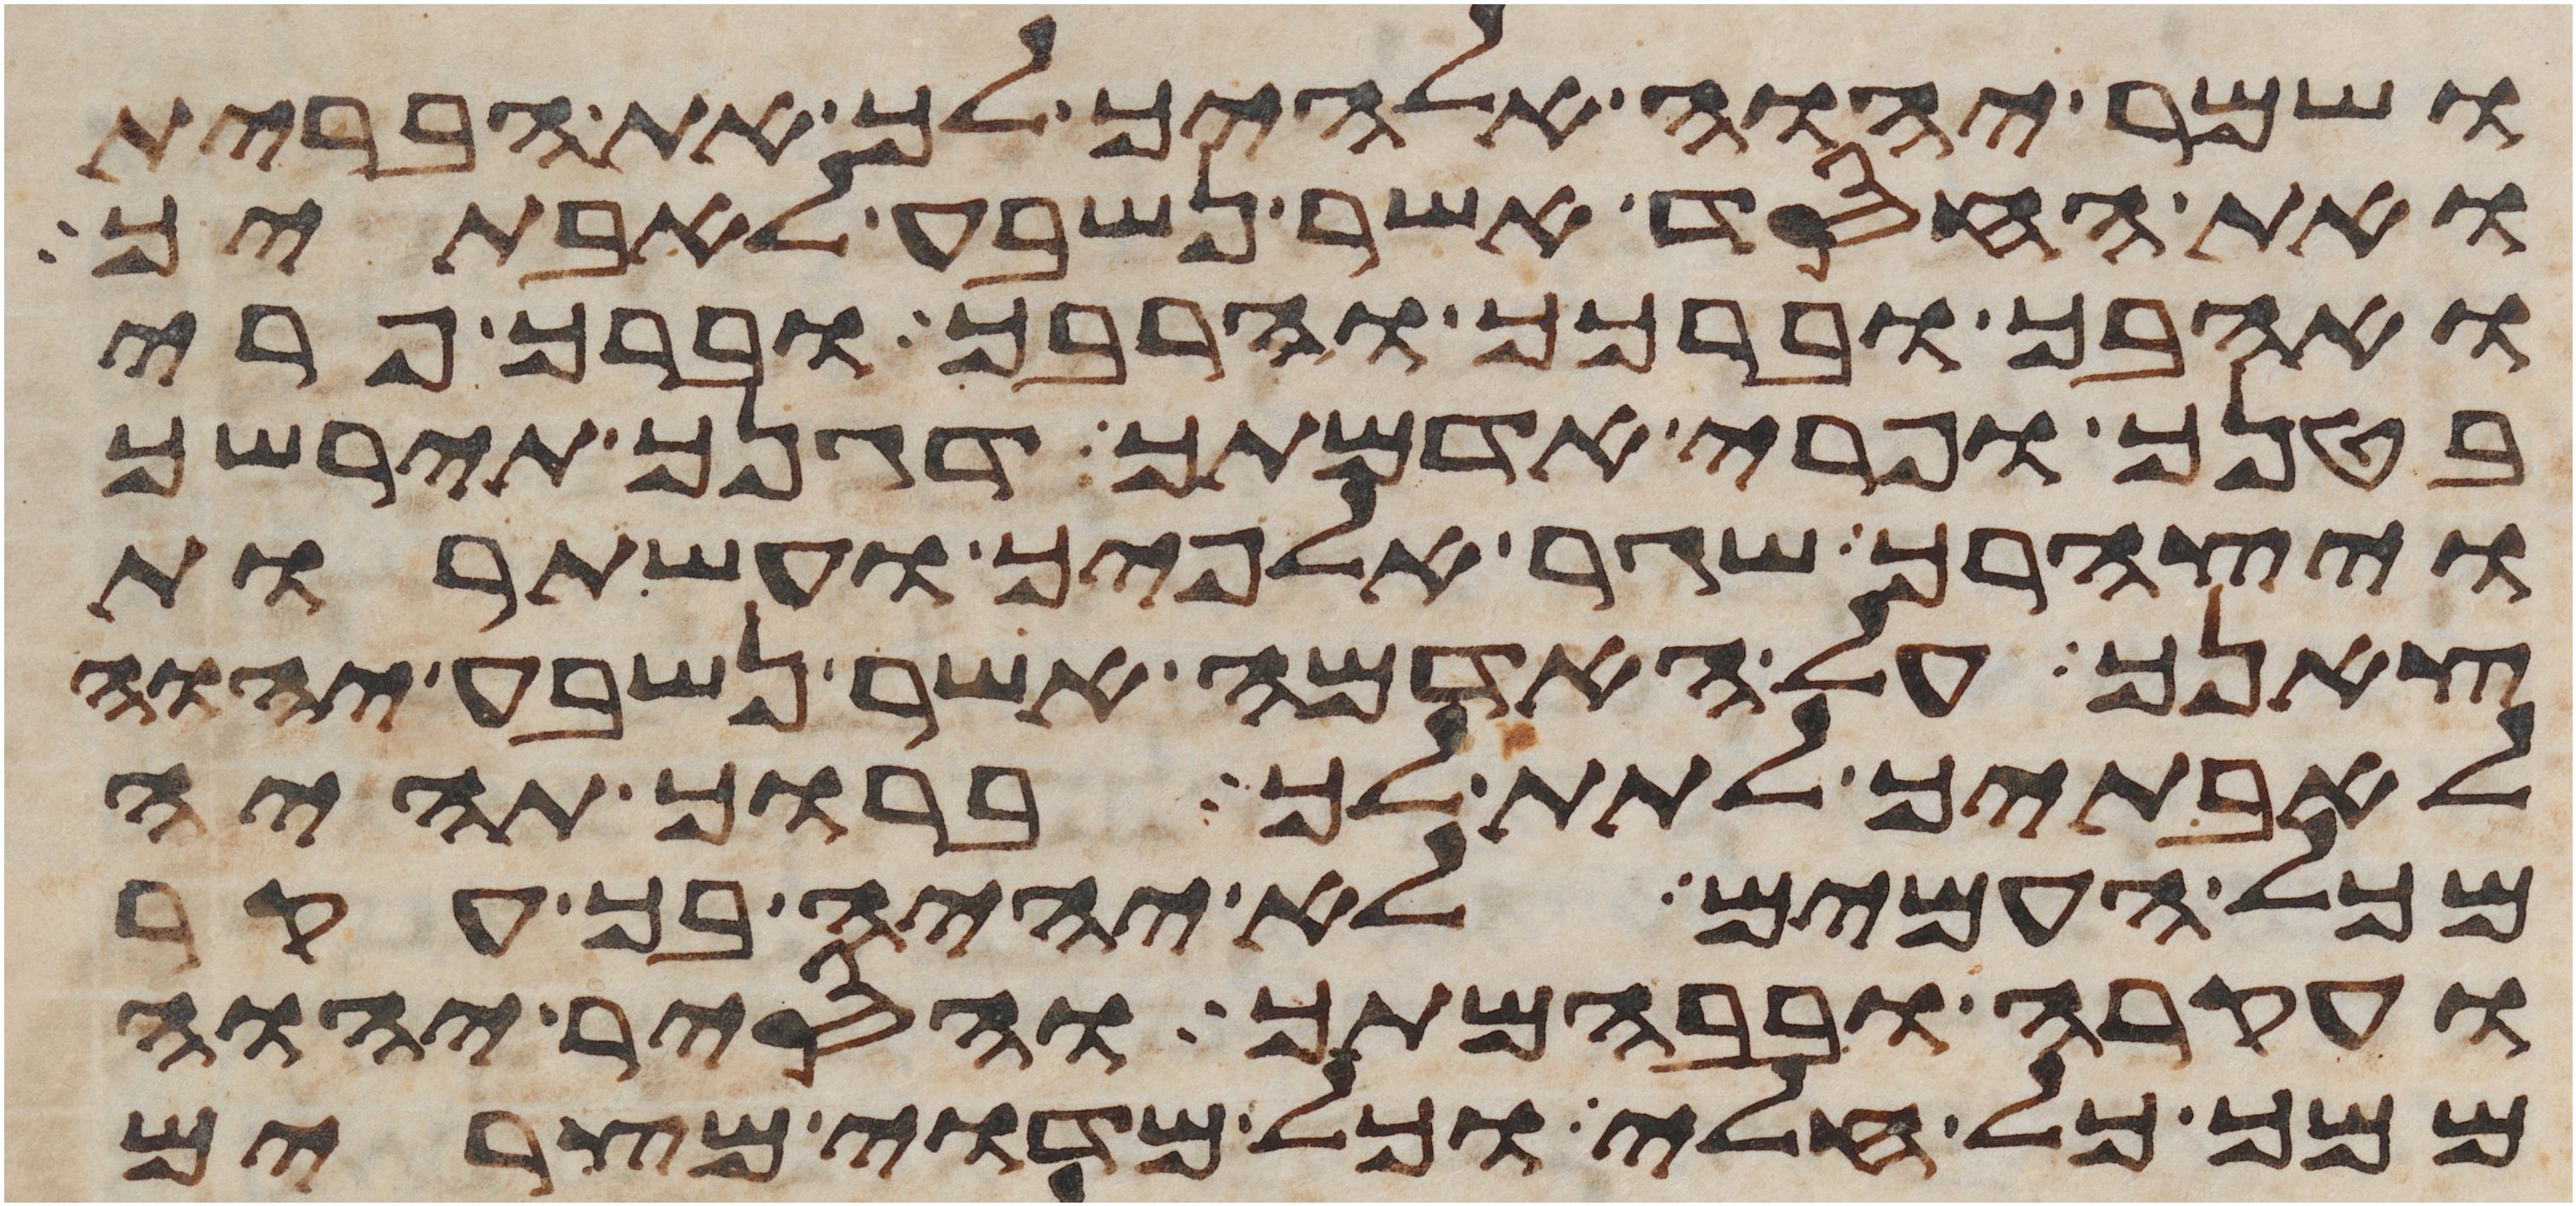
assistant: ושמר יהוה אלהיך לך את הברית
ואת החסד אשר נשבע לאבתיך
ואהבך וברכך והרבך וברך פרי
בטנך ופרי אדמתך דגנך תירשך
ויצהרך שגר אלפיך ועשתרות
צאנך על האדמה אשר נשבע יהוה
לאבתיך לתת לך ברוך תהיה
מכל העמים לא יהיה בך עקר
ועקרה ובבהמתך והסיר יהוה
ממך כל חלי וכל מדוי מצרים